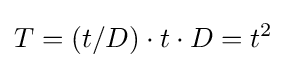
T=(t/D)\cdot t\cdot D=t^{2}